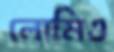
লোমিও